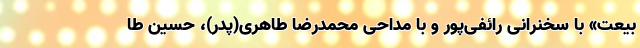
بیعت» با سخنرانی رائفی‌پور و با مداحی محمدرضا طاهری(پدر)، حسین طا